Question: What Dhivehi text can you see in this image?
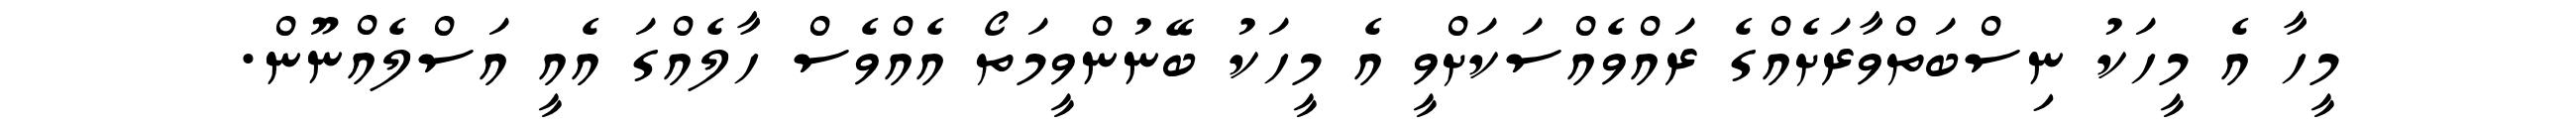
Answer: މީހާ އެ މީހަކު ނިސްބަތްވާރަށެއްގެ ރައްވެއްސަކަށްވީ އެ މީހަކު ބޭނުންވީމަތޯ އެއްވެސް ހާލެއްގަ އެއީ އަސްލެއްނޫން.